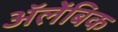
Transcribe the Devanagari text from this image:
अॅलेंबिक